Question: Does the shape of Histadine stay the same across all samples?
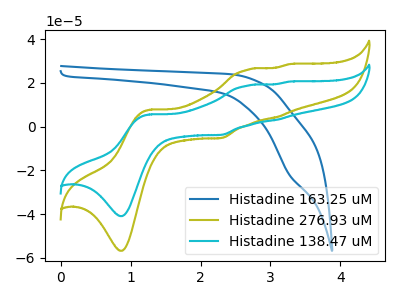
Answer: <think>The blue curve "Histadine 163.25 uM" has a cathodic peak at: (3.25V, -21.85uA). The olive curve "Histadine 276.93 uM" has anodic peaks at (1.25V, 7.75uA) (2.65V, 26.05uA) (3.10V, 4.35uA) (3.25V, 28.55uA) and cathodic peaks at (0.90V, -56.85uA) (2.30V, -5.25uA). The cyan curve "Histadine 138.47 uM" has anodic peaks at (1.25V, 5.60uA) (2.65V, 18.80uA) (3.10V, 3.15uA) (3.25V, 20.60uA) and cathodic peaks at (0.90V, -40.95uA) (2.30V, -3.80uA).
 "Histadine 163.25 uM" and "Histadine 276.93 uM" have a different number of peaks. "Histadine 163.25 uM" and "Histadine 138.47 uM" have a different number of peaks. All the peaks in "Histadine 276.93 uM" have a peak in "Histadine 138.47 uM" at the same potential. Every peak in "Histadine 276.93 uM" is higher than every peak in "Histadine 138.47 uM".</think>
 <answer>All the CV's of "Histadine" have similar shape.</answer>
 <eval>follow_rule</eval>